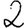
Digit: 2